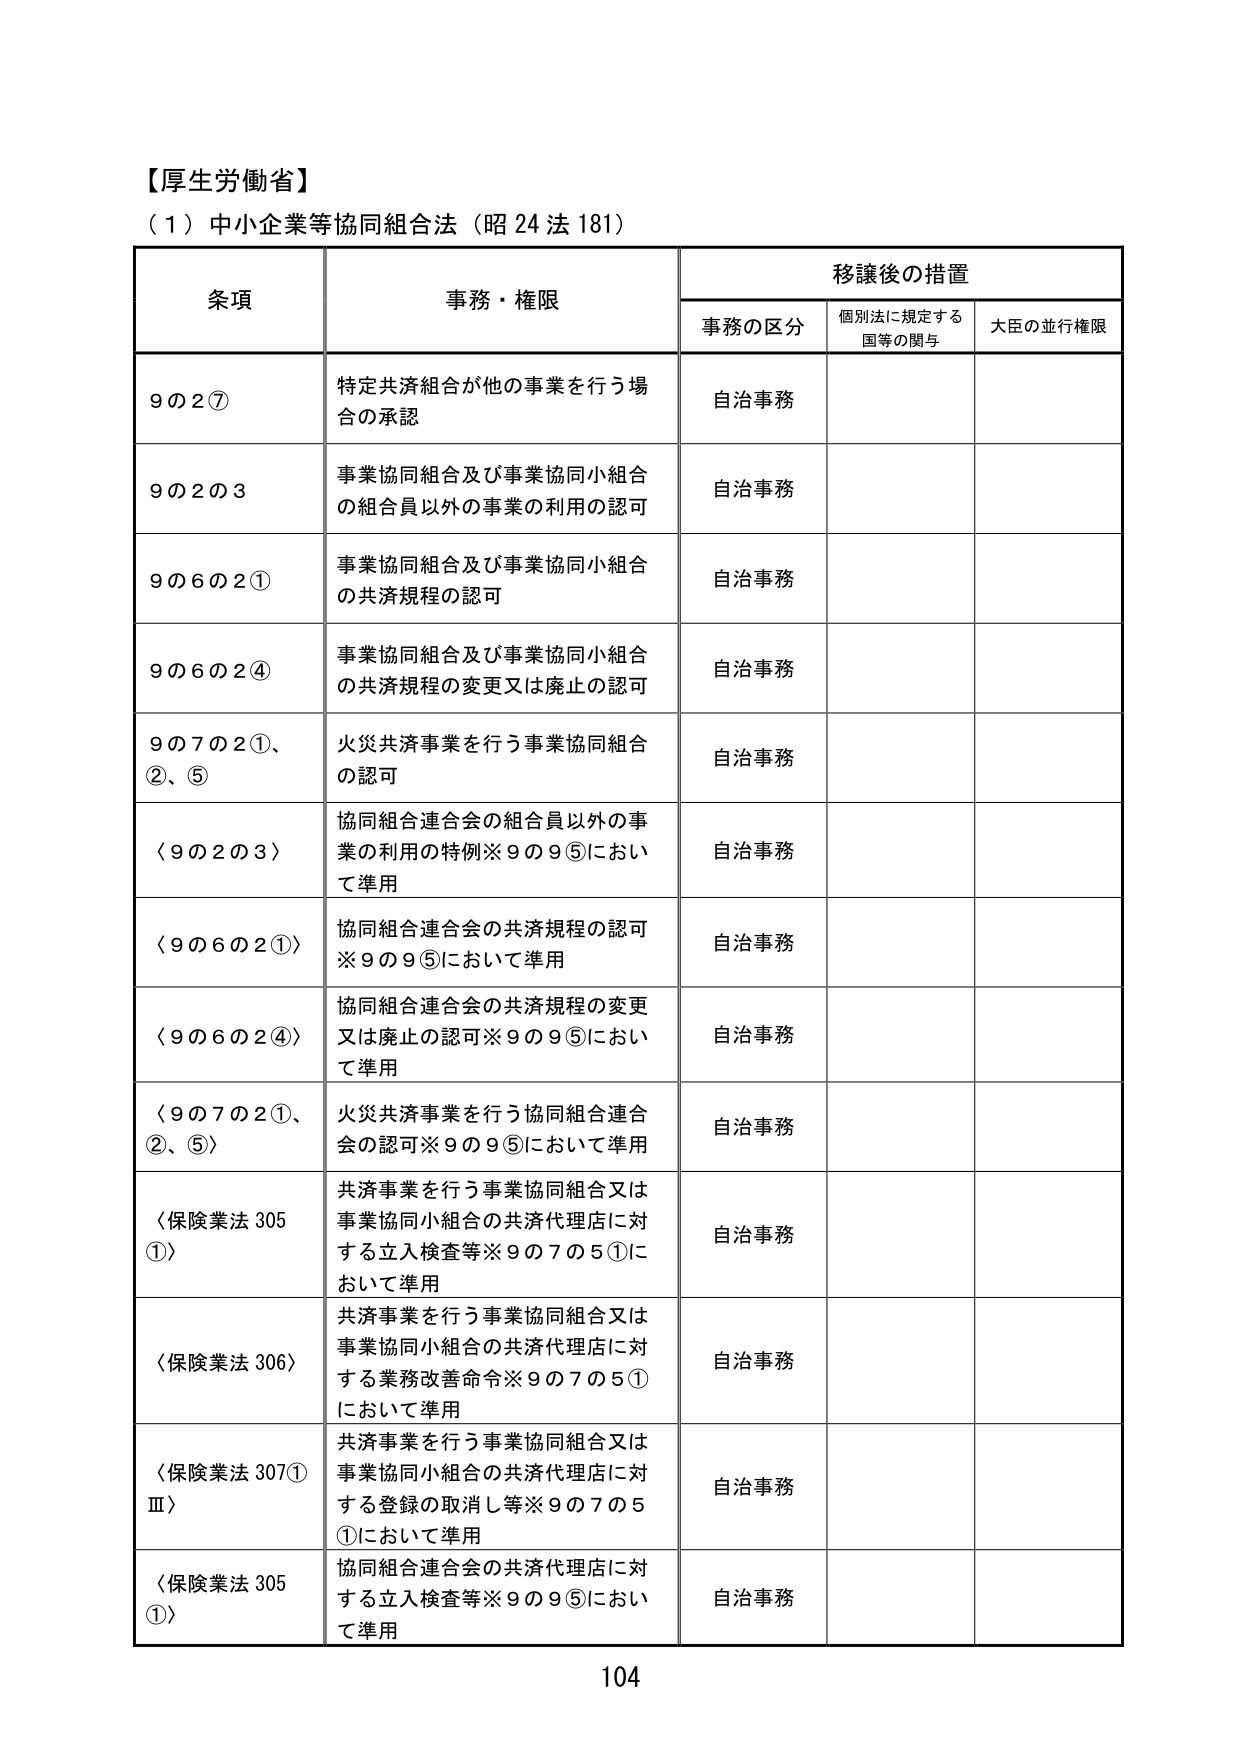
【厚生労働省】
（1）中小企業等協同組合法（昭24法181）

条項  事務・権限  移譲後の措置
　　　　　　　　　　事務の区分　個別法に規定する国等の関与　大臣の並行権限

9の2⑦　特定共済組合が他の事業を行う場合の承認　自治事務

9の2の3　事業協同組合及び事業協同小組合の組合員以外の事業の利用の認可　自治事務

9の6の2①　事業協同組合及び事業協同小組合の共済規程の認可　自治事務

9の6の2④　事業協同組合及び事業協同小組合の共済規程の変更又は廃止の認可　自治事務

9の7の2①、②、⑤　火災共済事業を行う事業協同組合の認可　自治事務

〈9の2の3〉　協同組合連合会の組合員以外の事業の利用の特例※9の9⑤において準用　自治事務

〈9の6の2①〉　協同組合連合会の共済規程の認可※9の9⑤において準用　自治事務

〈9の6の2④〉　協同組合連合会の共済規程の変更又は廃止の認可※9の9⑤において準用　自治事務

〈9の7の2①、②、⑤〉　火災共済事業を行う協同組合連合会の認可※9の9⑤において準用　自治事務

〈保険業法305①〉　共済事業を行う事業協同組合又は事業協同小組合の共済代理店に対する立入検査等※9の7の5①において準用　自治事務

〈保険業法306〉　共済事業を行う事業協同組合又は事業協同小組合の共済代理店に対する業務改善命令※9の7の5①において準用　自治事務

〈保険業法307①Ⅲ〉　共済事業を行う事業協同組合又は事業協同小組合の共済代理店に対する登録の取消し等※9の7の5①において準用　自治事務

〈保険業法305①〉　協同組合連合会の共済代理店に対する立入検査等※9の9⑤において準用　自治事務

104